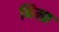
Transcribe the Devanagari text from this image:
निम्फ़